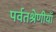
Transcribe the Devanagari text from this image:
पर्वतश्रेणीयाँ